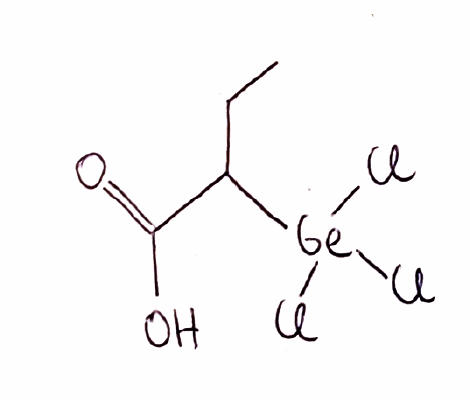
Simplified molecular-input line-entry system (SMILES) notation of the given molecule:
CCC(C(=O)O)[Ge](Cl)(Cl)Cl